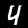
Digit: 4